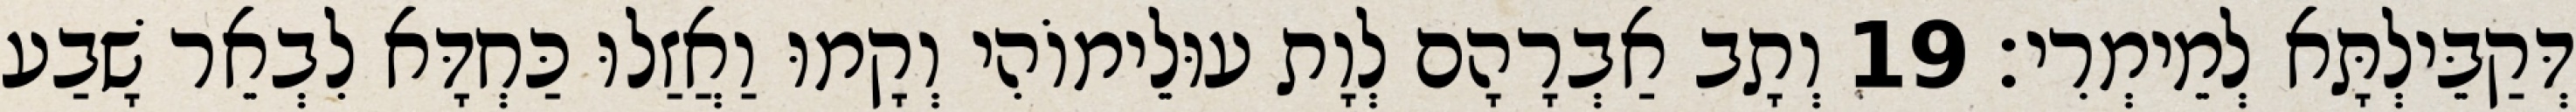
דְּקַבֵּילְתָּא לְמֵימְרִי׃ 19 וְתָב אַבְרָהָם לְוָת עוּלֵימוֹהִי וְקָמוּ וַאֲזַלוּ כַּחְדָּא לִבְאֵר שָׁבַע